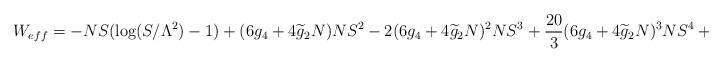
LaTeX: \begin{align*}W_{eff}=-NS(\log(S/\Lambda^2)-1)+(6g_4+4\widetilde{g}_2N)NS^2-2(6g_4+4\widetilde{g}_2N)^2NS^3+\frac{20}{3}(6g_4+4\widetilde{g}_2N)^3NS^4+\cdots.\end{align*}